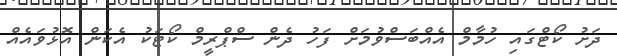
ދަށު ކޯޓްގައި ހުމާމް އެއްބަސްވުމަށް ފަހު ދެން ސްޕްރީމް ކޯޓަކު އެކަން އޮޅުވައެއް